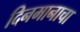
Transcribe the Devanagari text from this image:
दिनमानाचा